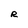
Character: R